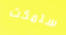
ستمكث